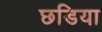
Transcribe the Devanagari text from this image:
छडिया